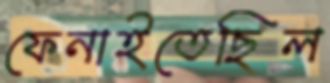
ফেনাইতেছিল